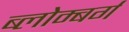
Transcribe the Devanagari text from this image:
ब्लोम्बर्ग